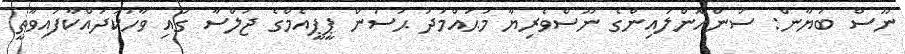
ނޫސް ބަޔާން: ސަންއޮންލައިންގެ ނޫސްވެރިޔާ މުޙައްމަދު ޙަސަން ޕީޕީއެމްގެ ޖަލްސާ ގައި ވާހަކަދައްކާފައިވާތީ